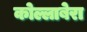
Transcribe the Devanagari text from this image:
कोल्लाबेरा